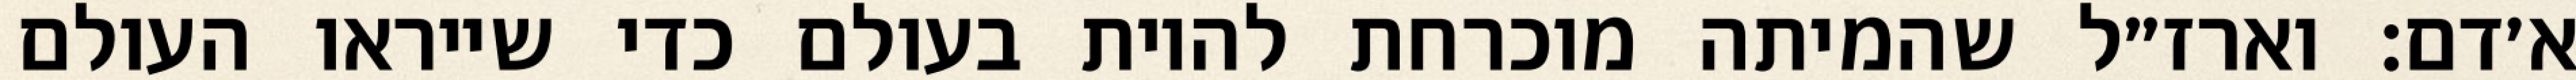
א׳דם: וארז״ל שהמיתה מוכרחת להיות בעולם כדי שייראו העולם